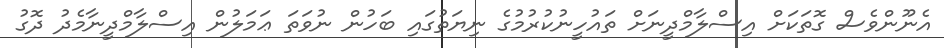
އެނޫންވެސް ގޮތަކަށް އިސްލާމްދީނަށް ތައުހީނުކުރުމުގެ ނިޔަތުގައި ބަހުން ނުވަތަ ޢަމަލުން އިސްލާމްދީނާމެދު ދޮގު